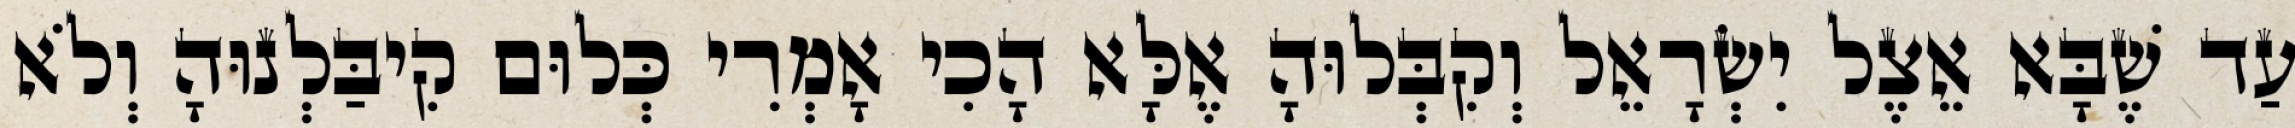
עַד שֶׁבָּא אֵצֶל יִשְׂרָאֵל וְקִבְּלוּהָ אֶלָּא הָכִי אָמְרִי כְּלוּם קִיבַּלְנוּהָ וְלֹא